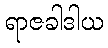
ရာဇခါဒါယ